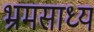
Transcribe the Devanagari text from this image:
भ्रमसाध्य